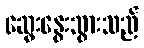
ဆွေးနွေးသွားသည်